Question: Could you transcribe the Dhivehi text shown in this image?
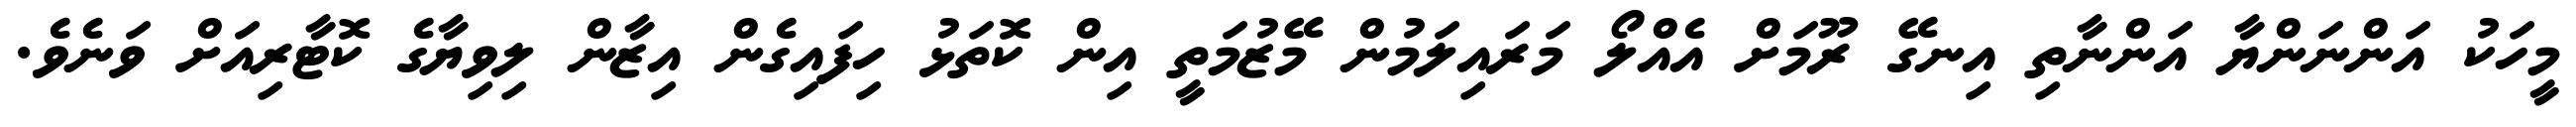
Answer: މީހަކު އަންނަންޔާ އަންނާތި އިނގޭ ރޫމަށް އެއްލޯ މަރައިލަމުން މޭޒުމަތީ އިން ކޮތަޅު ހިފައިގެން އިޒާން ލިވިޔާގެ ކޮޓާރިއަށް ވަނެވެ.